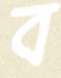
ব